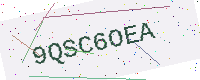
Text: 9QSC6OEA